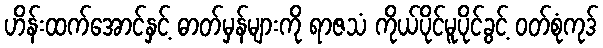
ဟိန်းထက်အောင်နှင့် ဓာတ်မှန်များကို ရာဇသံ ကိုယ်ပိုင်မူပိုင်ခွင့် ဝတ်စုံကုဒ်